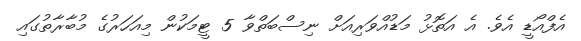
އެފްއޯޑީ އެވެ. އެ އަތޮޅު މަޑުއްވަރިއަށް ނިސްބަތްވާ 5 ޓީމަކުން މިއަހަރުގެ މުބާރާތުގައި